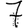
Digit: 7